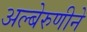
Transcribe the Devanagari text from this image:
अल्बेरुणीने